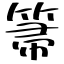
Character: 箒